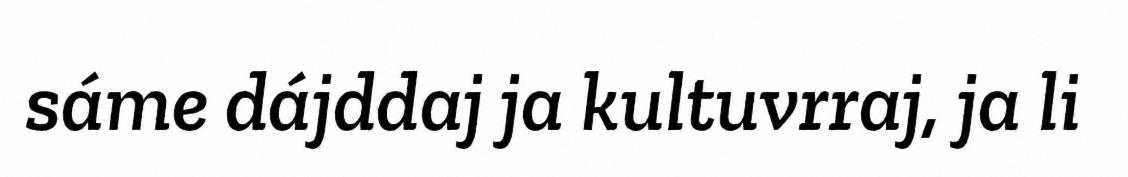
sáme dájddaj ja kultuvrraj, ja li